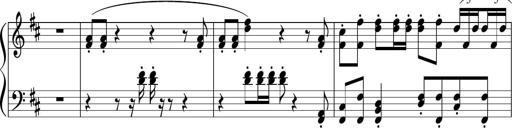
Title: Sonataette
Composer: Gergely Laszlo Matyas Jambor